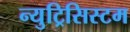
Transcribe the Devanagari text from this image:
न्युट्रिसिस्टम